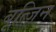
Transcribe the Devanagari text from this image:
बूत्ज़िन